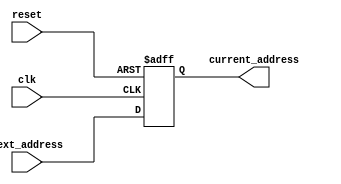
module program_counter
	#( parameter WIDTH=8)
	(
	input wire clk, 
	input wire reset,
	input wire [WIDTH-1:0] next_address,
	output reg [WIDTH-1:0] current_address 
);
always @(posedge clk or posedge reset)begin
	if(reset)
		current_address <= 8'h0;	//Change bit width to match WIDTH parameter
	else
		current_address <= next_address;
end
endmodule